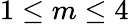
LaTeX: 1\leq m\leq 4